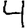
Digit: 4